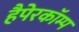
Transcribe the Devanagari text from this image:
हैपेरकॉम्प